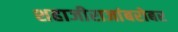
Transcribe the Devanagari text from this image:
शहाजीराजांबरोबर